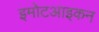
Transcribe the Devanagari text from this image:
इमोटआइकन